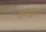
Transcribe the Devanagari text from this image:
पनिपत